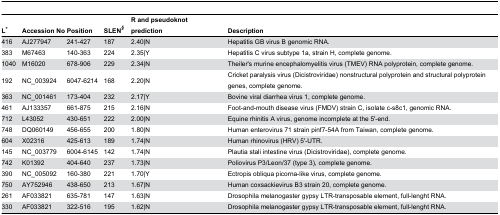
| L* | Accession No | Position | SLEN§ | R and pseudoknot prediction | Description |
 | --- | --- | --- | --- | --- | --- |
 | 416 | AJ277947 | 241-427 | 187 | 2.40|N | Hepatitis GB virus B genomic RNA. |
 | 383 | M67463 | 140-363 | 224 | 2.35|Y | Hepatitis C virus subtype 1a, strain H, complete genome. |
 | 1040 | M16020 | 678-906 | 229 | 2.34|N | Theiler's murine encephalomyelitis virus (TMEV) RNA polyprotein, complete genome. |
 | 192 | NC_003924 | 6047-6214 | 168 | 2.20|N | Cricket paralysis virus (Dicistroviridae) nonstructural polyprotein and structural polyprotein genes, complete genome. |
 | 363 | NC_001461 | 173-404 | 232 | 2.17|Y | Bovine viral diarrhea virus 1, complete genome. |
 | 461 | AJ133357 | 661-875 | 215 | 2.16|N | Foot-and-mouth disease virus (FMDV) strain C, isolate c-s8c1, genomic RNA. |
 | 712 | L43052 | 430-651 | 222 | 2.00|N | Equine rhinitis A virus, genome incomplete at the 5'-end. |
 | 748 | DQ060149 | 456-655 | 200 | 1.80|N | Human enterovirus 71 strain pinf7-54A from Taiwan, complete genome. |
 | 604 | X02316 | 425-613 | 189 | 1.74|N | Human rhinovirus (HRV) 5'-UTR. |
 | 145 | NC_003779 | 6004-6145 | 142 | 1.74|N | Plautia stali intestine virus (Dicistroviridae), complete genome. |
 | 742 | K01392 | 404-640 | 237 | 1.73|N | Poliovirus P3/Leon/37 (type 3), complete genome. |
 | 390 | NC_005092 | 160-380 | 221 | 1.70|Y | Ectropis obliqua picorna-like virus, complete genome. |
 | 750 | AY752946 | 438-650 | 213 | 1.67|N | Human coxsackievirus B3 strain 20, complete genome. |
 | 261 | AF033821 | 635-781 | 147 | 1.63|N | Drosophila melanogaster gypsy LTR-transposable element, full-lenght RNA. |
 | 330 | AF033821 | 322-516 | 195 | 1.62|N | Drosophila melanogaster gypsy LTR-transposable element, full-lenght RNA. |